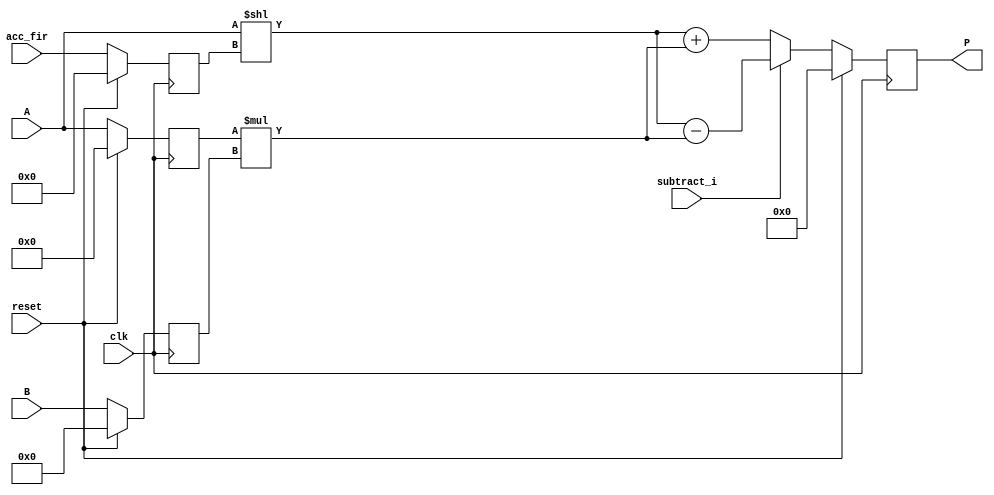
module add_shifted_input_to_the_mul_output_neg (clk, reset, subtract_i, A, B, acc_fir, P);
	input clk, reset, subtract_i;
	input signed [19:0] A;
	input signed [17:0] B;
	input [3:0] acc_fir;
	output reg signed [37:0] P;
	reg signed [19:0] i1;
	reg signed [17:0] i2;
	reg [3:0] acc_fir_reg;
	reg signed [37:0] mul, add_or_sub;
	wire signed [37:0] shift_out;
	always @(negedge clk) begin
		if(reset == 1) begin
			i1 <= 0;
			i2 <= 0;
			acc_fir_reg <= 0;
		end
		else begin
			i1 <= A;
			i2 <= B;
			acc_fir_reg <= acc_fir;
		end
	end
	always @(negedge clk) begin
		if (reset ==1 )
			P <= 0;
		else
			P <= add_or_sub;
	end

	always @ (*)  begin
		mul  = i1 * i2;
	end
	assign shift_out = A << acc_fir_reg;
	always @ (*)  begin
		if (subtract_i)
			add_or_sub = shift_out - mul;
		else
			add_or_sub = shift_out + mul;
	end
endmodule